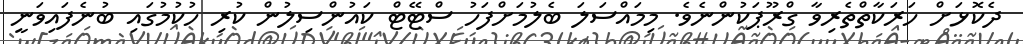
ދެކޮޅަށް ހަރަކާތްތެރިވާ ގްރޫޕަކުންނެވެ. މިމައްސަލަ ބެލުމަށްފަހު ސްޓޭޓް ކައުންސިލުން ކުރި ހުކުމުގައި ބުނެފައިވަނީ